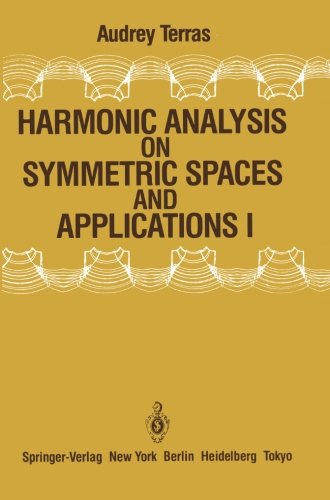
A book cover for Harmonic Analysis on Symmetric Spaces and Applications I; Audrey Terras; Science & Math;